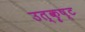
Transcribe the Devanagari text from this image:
उत्कॄष्ट